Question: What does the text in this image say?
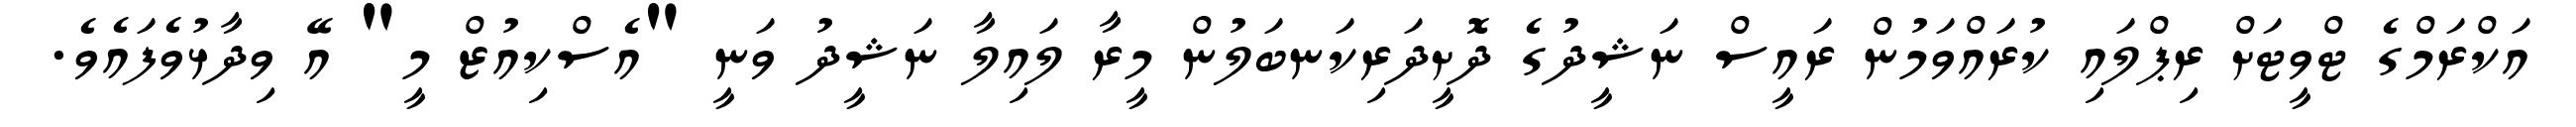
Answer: އަކްރަމްގެ ޓްވީޓަށް ރިޕްލައި ކުރައްވަމުން ރައީސް ނަޝީދުގެ ދޮށީދަރިކަނބަލުން މީރާ ލައިލާ ނަޝީދު ވަނީ "އެސްކިއުޒް މީ" އޭ ވިދާޅުވެފައެވެ.